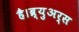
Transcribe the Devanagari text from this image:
है।ब्र्युअर्स